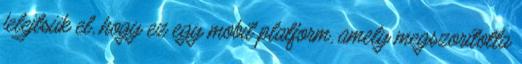
felejtsük el, hogy ez egy mobil platform, amely megszorította